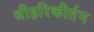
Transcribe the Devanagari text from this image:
श्रीहरिकीर्तन